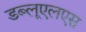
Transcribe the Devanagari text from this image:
डब्लूएलएस